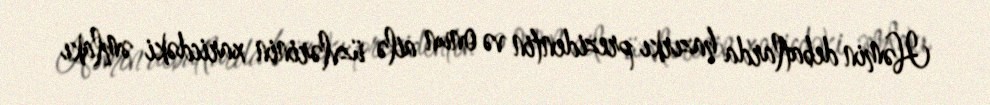
Həmin debatlarda hazırkı prezidentin və onun ailə üzvlərinin xaricdəki əmlakı